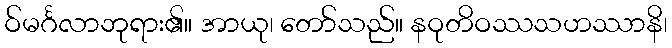
ဝ်မင်္ဂလာဘုရား၏။ အာယု၊ တော်သည်။ နဝုတိဝဿသဟဿာနိ၊